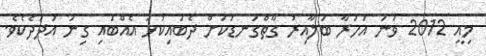
މިއީ 2012 ވަނަ އަހަރާ ބަލާއިރު ގާތްގަނޑަކަށް ދެބައިކުޅަ އެއްބައި ގިނަ އަދަދެކެވެ.